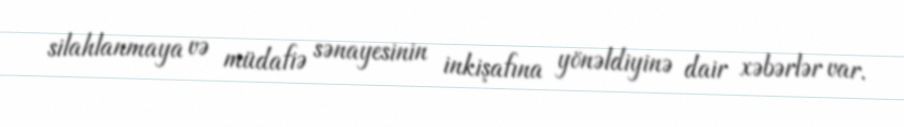
silahlanmaya və müdafiə sənayesinin inkişafına yönəldiyinə dair xəbərlər var.